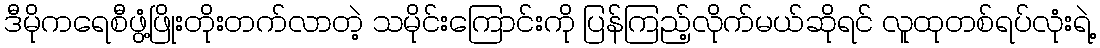
ဒီမိုကရေစီဖွံ့ဖြိုးတိုးတက်လာတဲ့ သမိုင်းကြောင်းကို ပြန်ကြည့်လိုက်မယ်ဆိုရင် လူထုတစ်ရပ်လုံးရဲ့